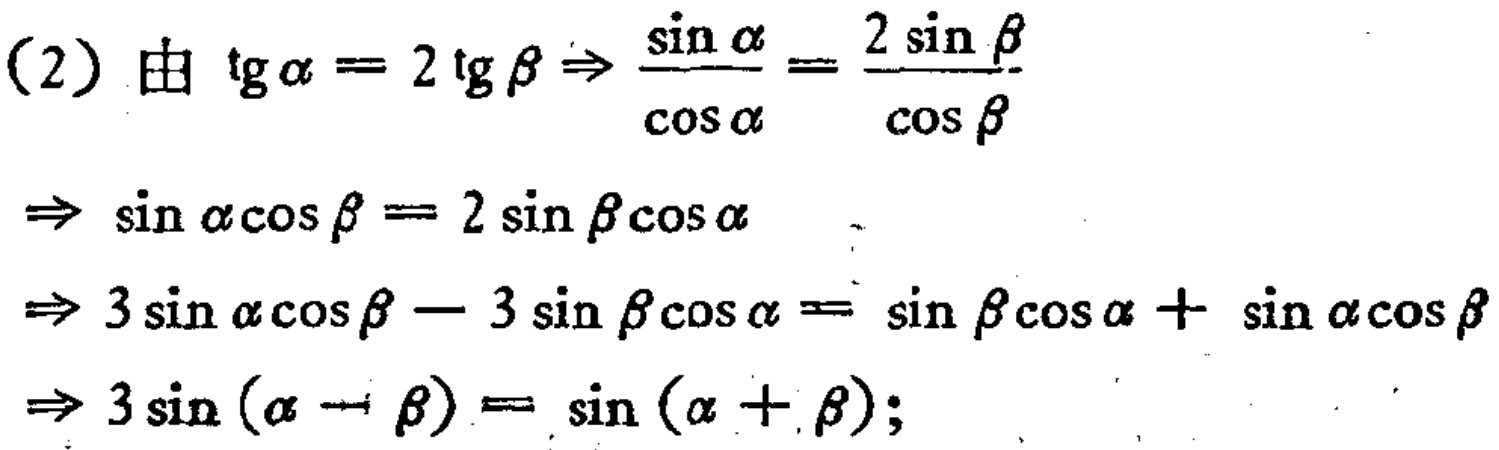
(2) 由$\tg\alpha = 2\tg\beta\Rightarrow \frac{\sin\alpha}{\cos\alpha}=\frac{2\sin\beta}{\cos\beta}$
$\Rightarrow \sin\alpha\cos\beta = 2\sin\beta\cos\alpha$
$\Rightarrow 3\sin\alpha\cos\beta - 3\sin\beta\cos\alpha=\sin\beta\cos\alpha+\sin\alpha\cos\beta$
$\Rightarrow 3\sin(\alpha - \beta)=\sin(\alpha + \beta);$